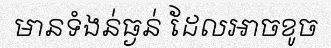
មានទំងន់ធ្ងន់ ដែលអាចខូច